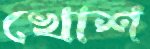
খোশ